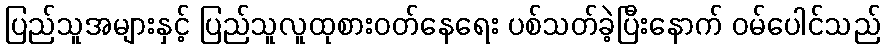
ပြည်သူအများနှင့် ပြည်သူလူထုစားဝတ်နေရေး ပစ်သတ်ခဲ့ပြီးနောက် ဝမ်ပေါင်သည်